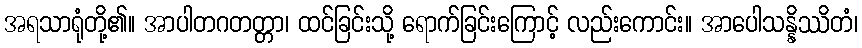
အရသာရုံတို့၏။ အာပါတဂတတ္တာ၊ ထင်ခြင်းသို့ ရောက်ခြင်းကြောင့် လည်းကောင်း။ အာပေါသန္နိဿိတံ၊